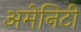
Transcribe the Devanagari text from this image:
अमेनिटी